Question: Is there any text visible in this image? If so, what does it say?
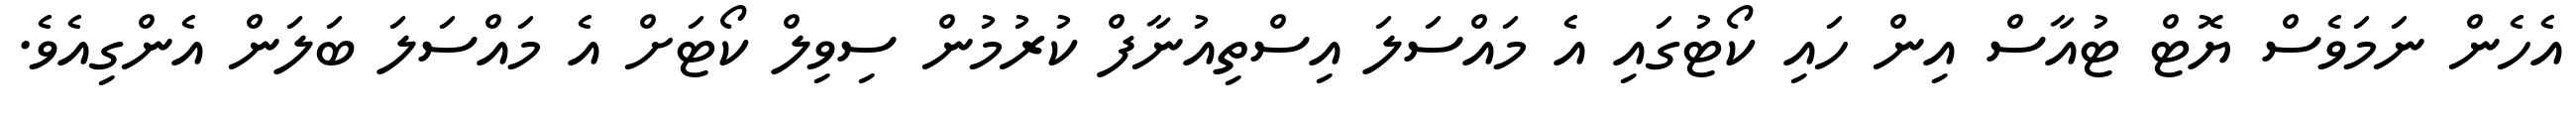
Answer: އެހެން ނަމަވެސް ޔޮޓް ޓުއާސް އިން ހައި ކޯޓުގައި އެ މައްސަލަ އިސްތިއުނާފް ކުރުމުން ސިވިލް ކޯޓަށް އެ މައްސަލަ ބަލަން އެންގިއެވެ.